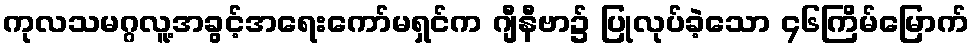
ကုလသမဂ္ဂလူ့အခွင့်အရေးကော်မရှင်က ဂျီနီဗာ၌ ပြုလုပ်ခဲ့သော ၄၆ကြိမ်မြောက်